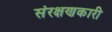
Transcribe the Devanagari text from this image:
संरक्षणकारी